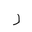
Letter: _ra